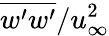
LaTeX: \overline{{w^{\prime}w^{\prime}}}/u_{\infty}^{2}